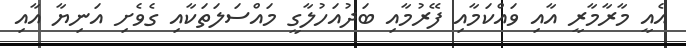
އެއީ މާރާމާރީ އާއި ވައްކަމާއި ފޭރުމާއި ބަދުއަހުލާގީ މައްސަލަތަކާއި ގެވެށި އަނިޔާ އާއި